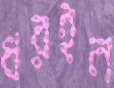
ধরইন